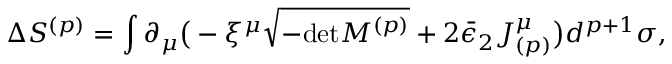
\Delta S ^ { ( p ) } = \int \partial _ { \mu } \big ( - \xi ^ { \mu } \sqrt { - \mathrm { d e t } M ^ { ( p ) } } + 2 \bar { \epsilon } _ { 2 } J _ { ( p ) } ^ { \mu } \big ) d ^ { p + 1 } \sigma ,